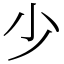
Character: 少